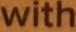
with